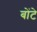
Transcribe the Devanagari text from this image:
बोंटे